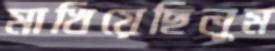
মাখিয়েছিলুম